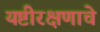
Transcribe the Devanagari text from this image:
यष्टीरक्षणाचे